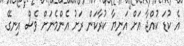
އެ ކުޑަ ކުއްޖާ އަށް އަނިޔާ ކުރާކަން ރަށު އެންމެނަށް ވެސް އިނގޭ.